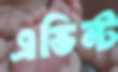
এভিন্ট